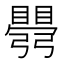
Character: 𥋡